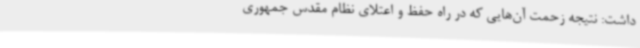
داشت: نتیجه زحمت آن‌هایی که در راه حفظ و اعتلای نظام مقدس جمهوری